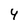
Character: 4